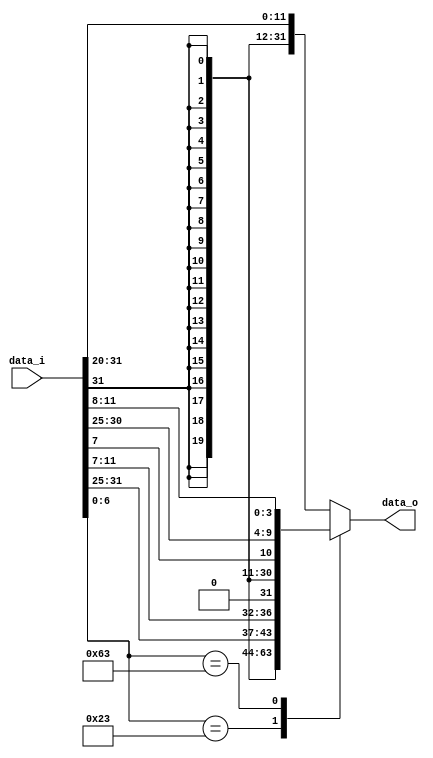
module Imm_Gen
(
    data_i,
    data_o
);

input   [31:0]      data_i;
output  [31:0]      data_o;

reg     [31:0]      data_o;

`define sw 7'b0100011
`define beq 7'b1100011

always @(*) begin
    case (data_i[6:0])
        `sw:        data_o = {{20{data_i[31]}}, data_i[31:25], data_i[11:7]};
        `beq:       data_o = {{20{data_i[31]}}, data_i[7], data_i[30:25], data_i[11:8]};
        default:    data_o = {{20{data_i[31]}}, data_i[31:20]};
    endcase
end

endmodule